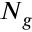
N _ { g }